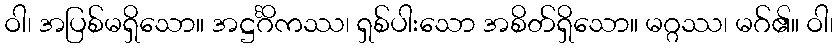
ဝါ၊ အပြစ်မရှိသော။ အဋ္ဌင်္ဂိကဿ၊ ရှစ်ပါးသော အစိတ်ရှိသော။ မဂ္ဂဿ၊ မဂ်၏။ ဝါ၊